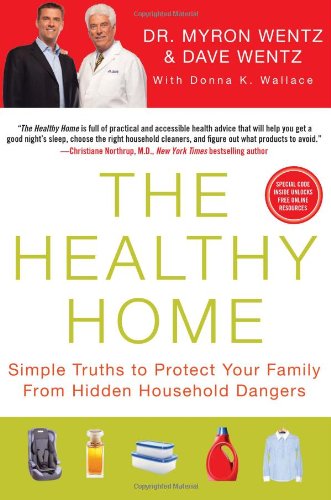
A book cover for The Healthy Home: Simple Truths to Protect Your Family from Hidden Household Dangers; Myron Wentz; Crafts, Hobbies & Home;